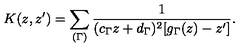
K ( z , z ^ { \prime } ) = \sum _ { ( \Gamma ) } \frac { 1 } { ( c _ { \Gamma } z + d _ { \Gamma } ) ^ { 2 } [ g _ { \Gamma } ( z ) - z ^ { \prime } ] } .